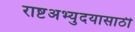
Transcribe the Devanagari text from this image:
राष्टअभ्युदयासाठी